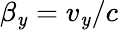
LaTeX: \beta_{\mathit{y}}=v_{\mathit{y}}/c